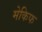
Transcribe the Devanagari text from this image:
मेकिफ